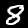
Digit: 8